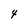
Character: 4